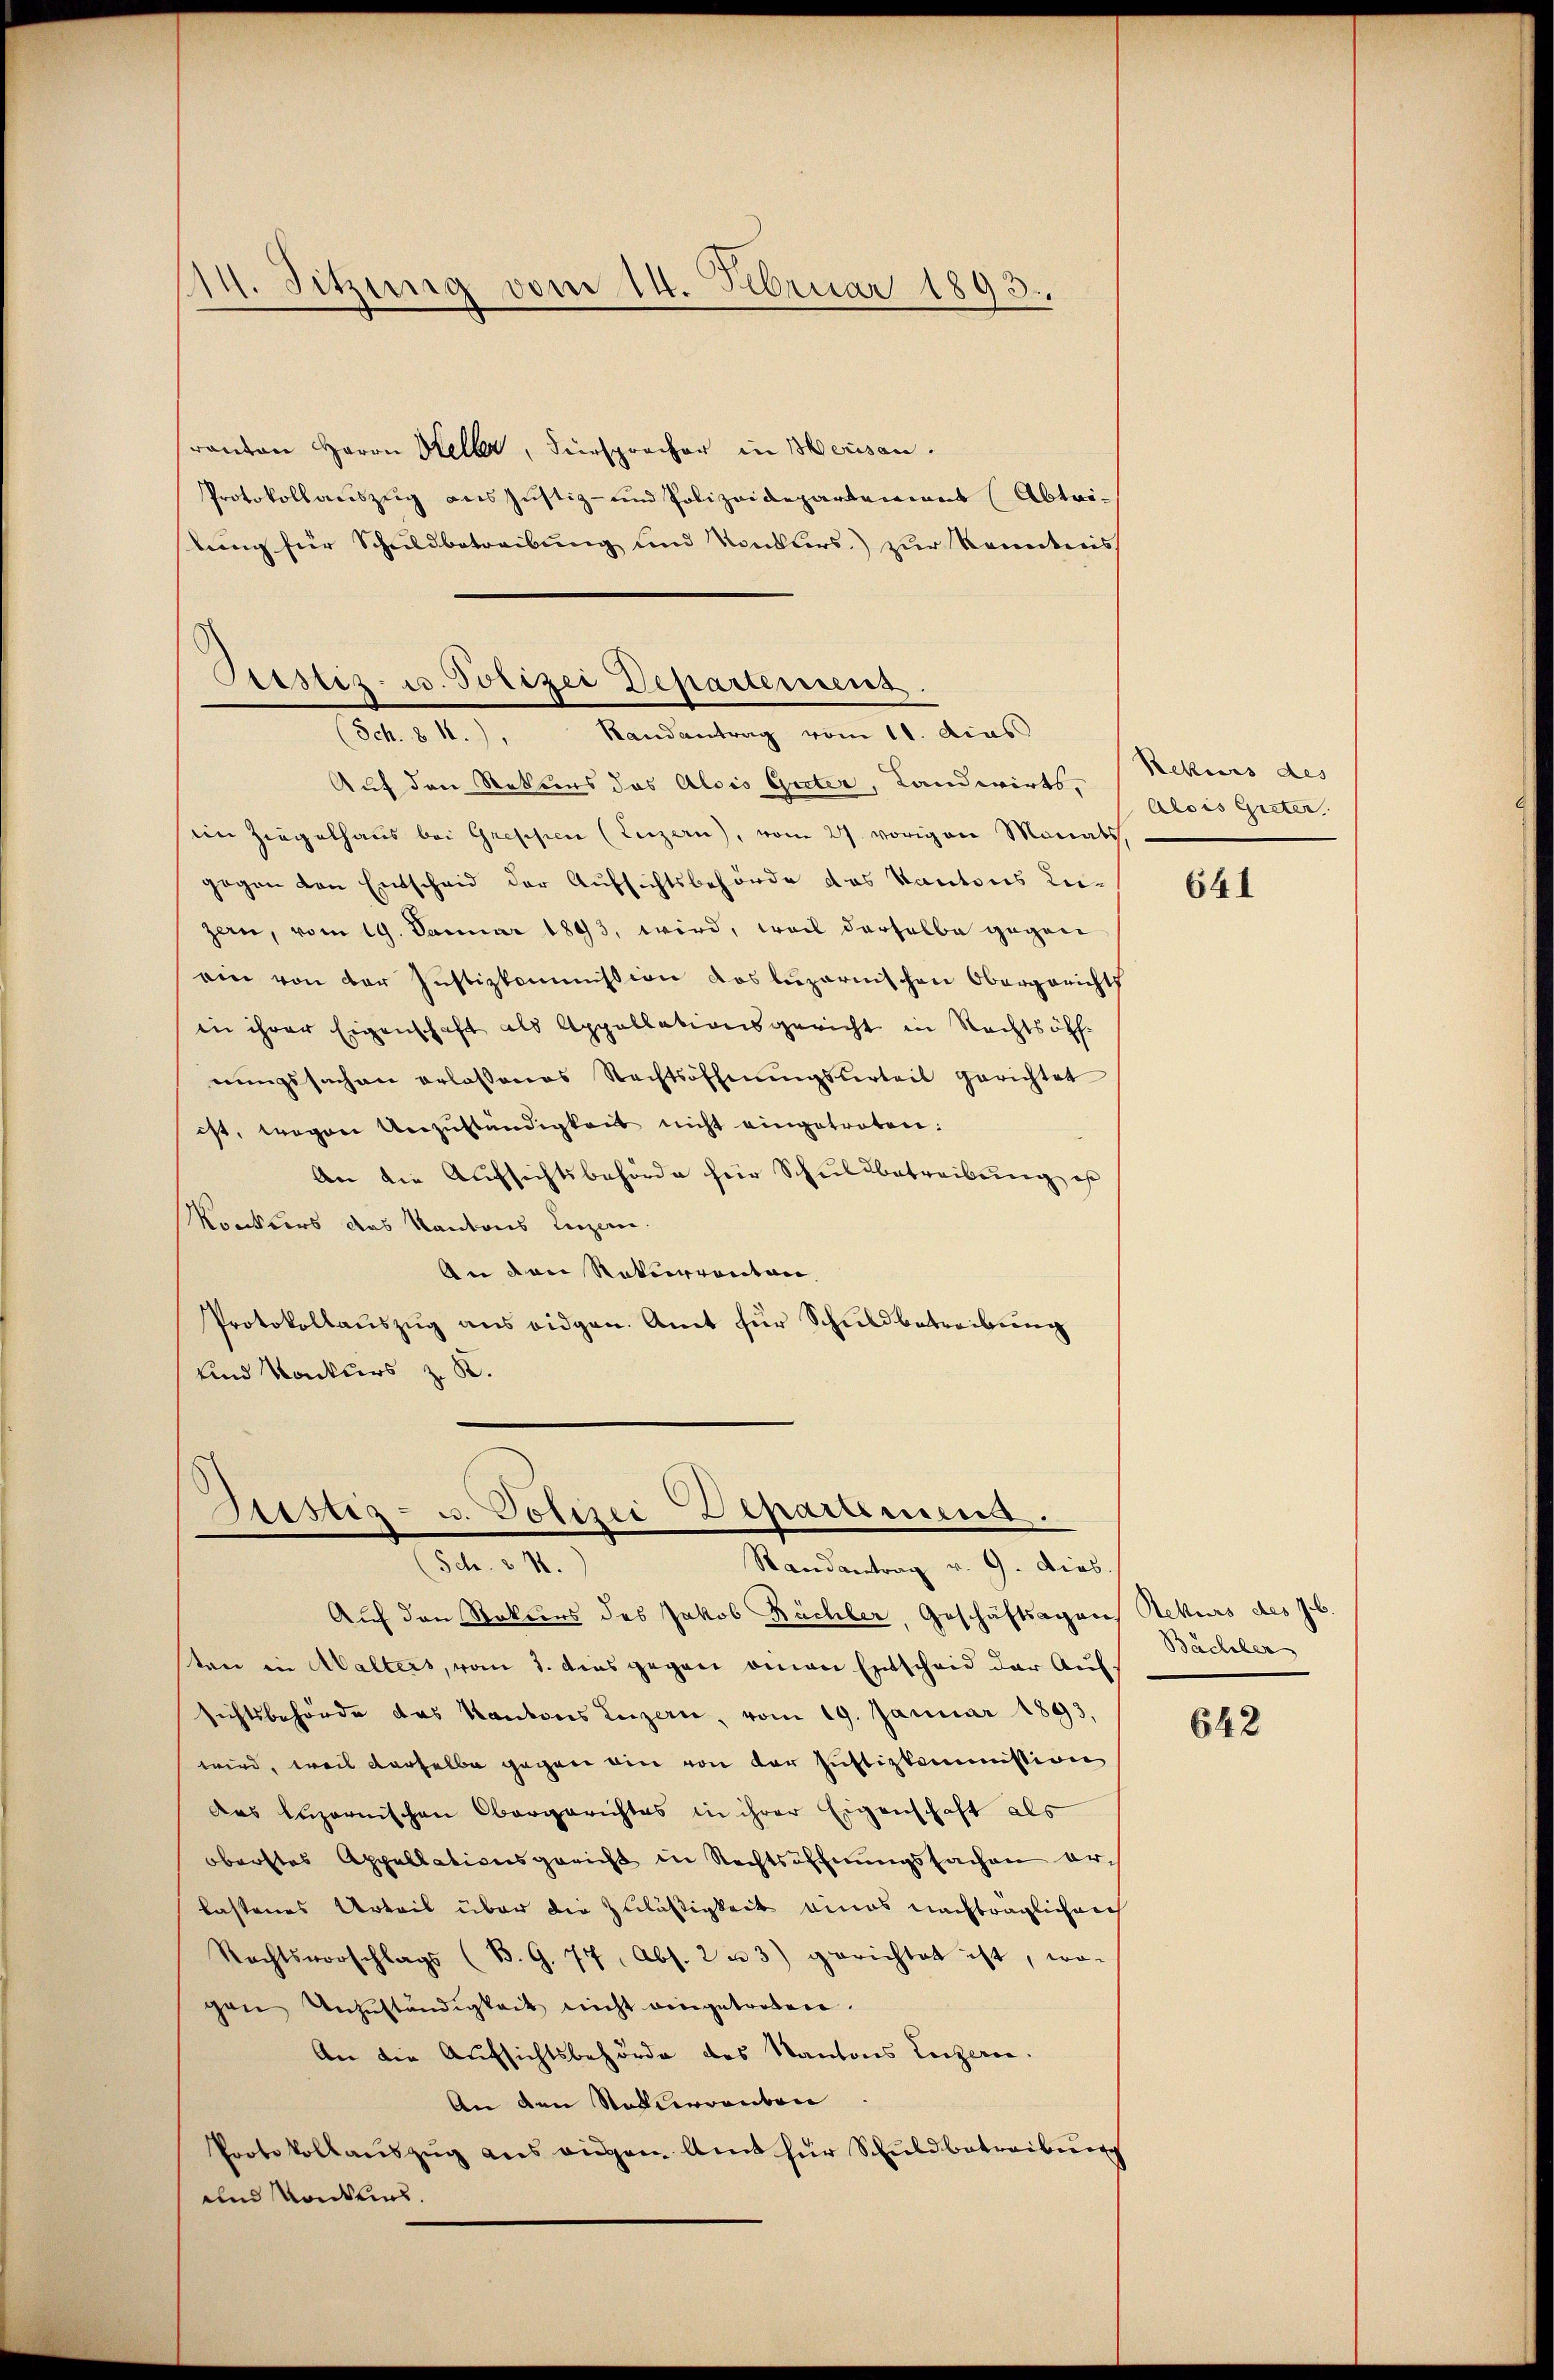
14. Sitzung vom 14. Februar 1893.

Pristiz- u. Polizei Departement
Randantrag vom 11. das
(Sch. § 1.),

ranten Herrn Keller, Fürsprocher in Herisau.
Protokollauszug des Justiz- und Polizeidepartement (Abtri-
slung für Schuldbetreibung und Konklers zur Kenntnis

Auf den Rekurs das Alois Guter, Landwirts,
iin Ziegelhaus bei Greffen (Luzern), vom 27. vorigen Monats
gegen den Entscheid der Aufsichtsbehörde das Kantons Leizern, vom 19. Januar 1893, wird, weil derselbe gegen
ein von der Justizkommission das luzernischen Obergericht
in ihrer Eigenschaft als Appellationsgericht in Rechtsöff-
nungssachen erlassenes Rechtsoffnŭngsurteil gerichtet
ist, wegen Unzŭständigkeit nicht eingetreten:
An die Aufsichtsbehörde hier Schuldbetreibung es
Konkurs das Kantons Luzern.
An den Rekurrenten,
Protokollauszug aus eidgen. Amt für Schuldbetreibung
und Konkurs z. B.

Justiz- u. Polizei-Depariens.
Sch. § 4.
Randantrag v. 9. Dies

Auf den Rekurs des Jakob Büchler, Geschäftsagens Rekurs des Jb.
ten in Walters, vom 1. dies gegen einen Entscheid der Aufsichtsbehörde das Kantons Luzern, vom 19. Januar 1893.
wird, weis derselbe gegen ein von der Justizkommission
das Luzernischen Obergerichtes in ihrer Eigenschaft als
oberstes Appellationsgericht in Rechtsoffnungssachen arch
lastenes Urteil über die Zuläßigkeit eines nachträglichen
Rechtsvorschlags (B. G. 77, Abs. 2 u 3) gerichtet ist, wo-
gen Unzŭständigkeit nicht eingetreten.
An die Aufsichtsbehörde des Kantons Luzern.
An den Stadlerrenton
Protokollaŭszŭg aŭs angen Amt für Schuldbetreibung
und Konkurs.

Rekurs des
Alois Giiter

641

Bachber

642